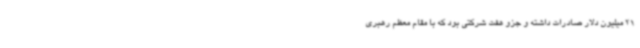
21 میلیون دلار صادرات داشته و جزو هفت شرکتی بود که با مقام معظم رهبری